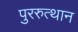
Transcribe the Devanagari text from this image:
पुररुत्थान